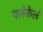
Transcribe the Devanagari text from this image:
पलेकेले